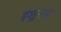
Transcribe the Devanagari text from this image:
इंशुरंस